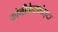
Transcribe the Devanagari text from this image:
कोनीफेरफ्रोाइटा